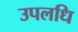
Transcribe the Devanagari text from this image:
उपलधि